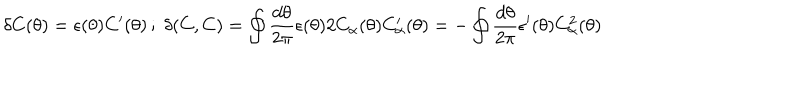
LaTeX: \delta C ( \theta ) = \epsilon ( \theta ) C ^ { \prime } ( \theta ) \, ; \; \delta ( C , C ) = \oint \frac { d \theta } { 2 \pi } \epsilon ( \theta ) 2 C _ { \alpha } ( \theta ) C _ { \alpha } ^ { \prime } ( \theta ) = - \oint \frac { d \theta } { 2 \pi } \epsilon ^ { \prime } ( \theta ) C _ { \alpha } ^ { 2 } ( \theta )